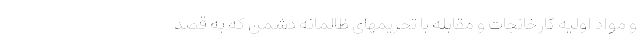
و مواد اولیه کارخانجات و مقابله با تحریمهای ظالمانه دشمن که به قصد